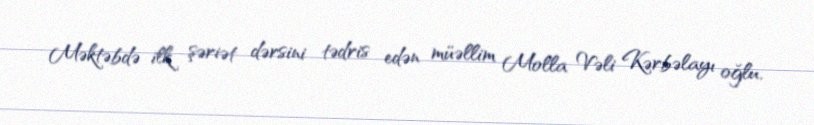
Məktəbdə ilk şəriət dərsini tədris edən müəllim Molla Vəli Kərbəlayı oğlu,